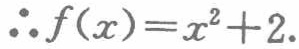
\(\therefore f(x)=x^{2}+2.\)